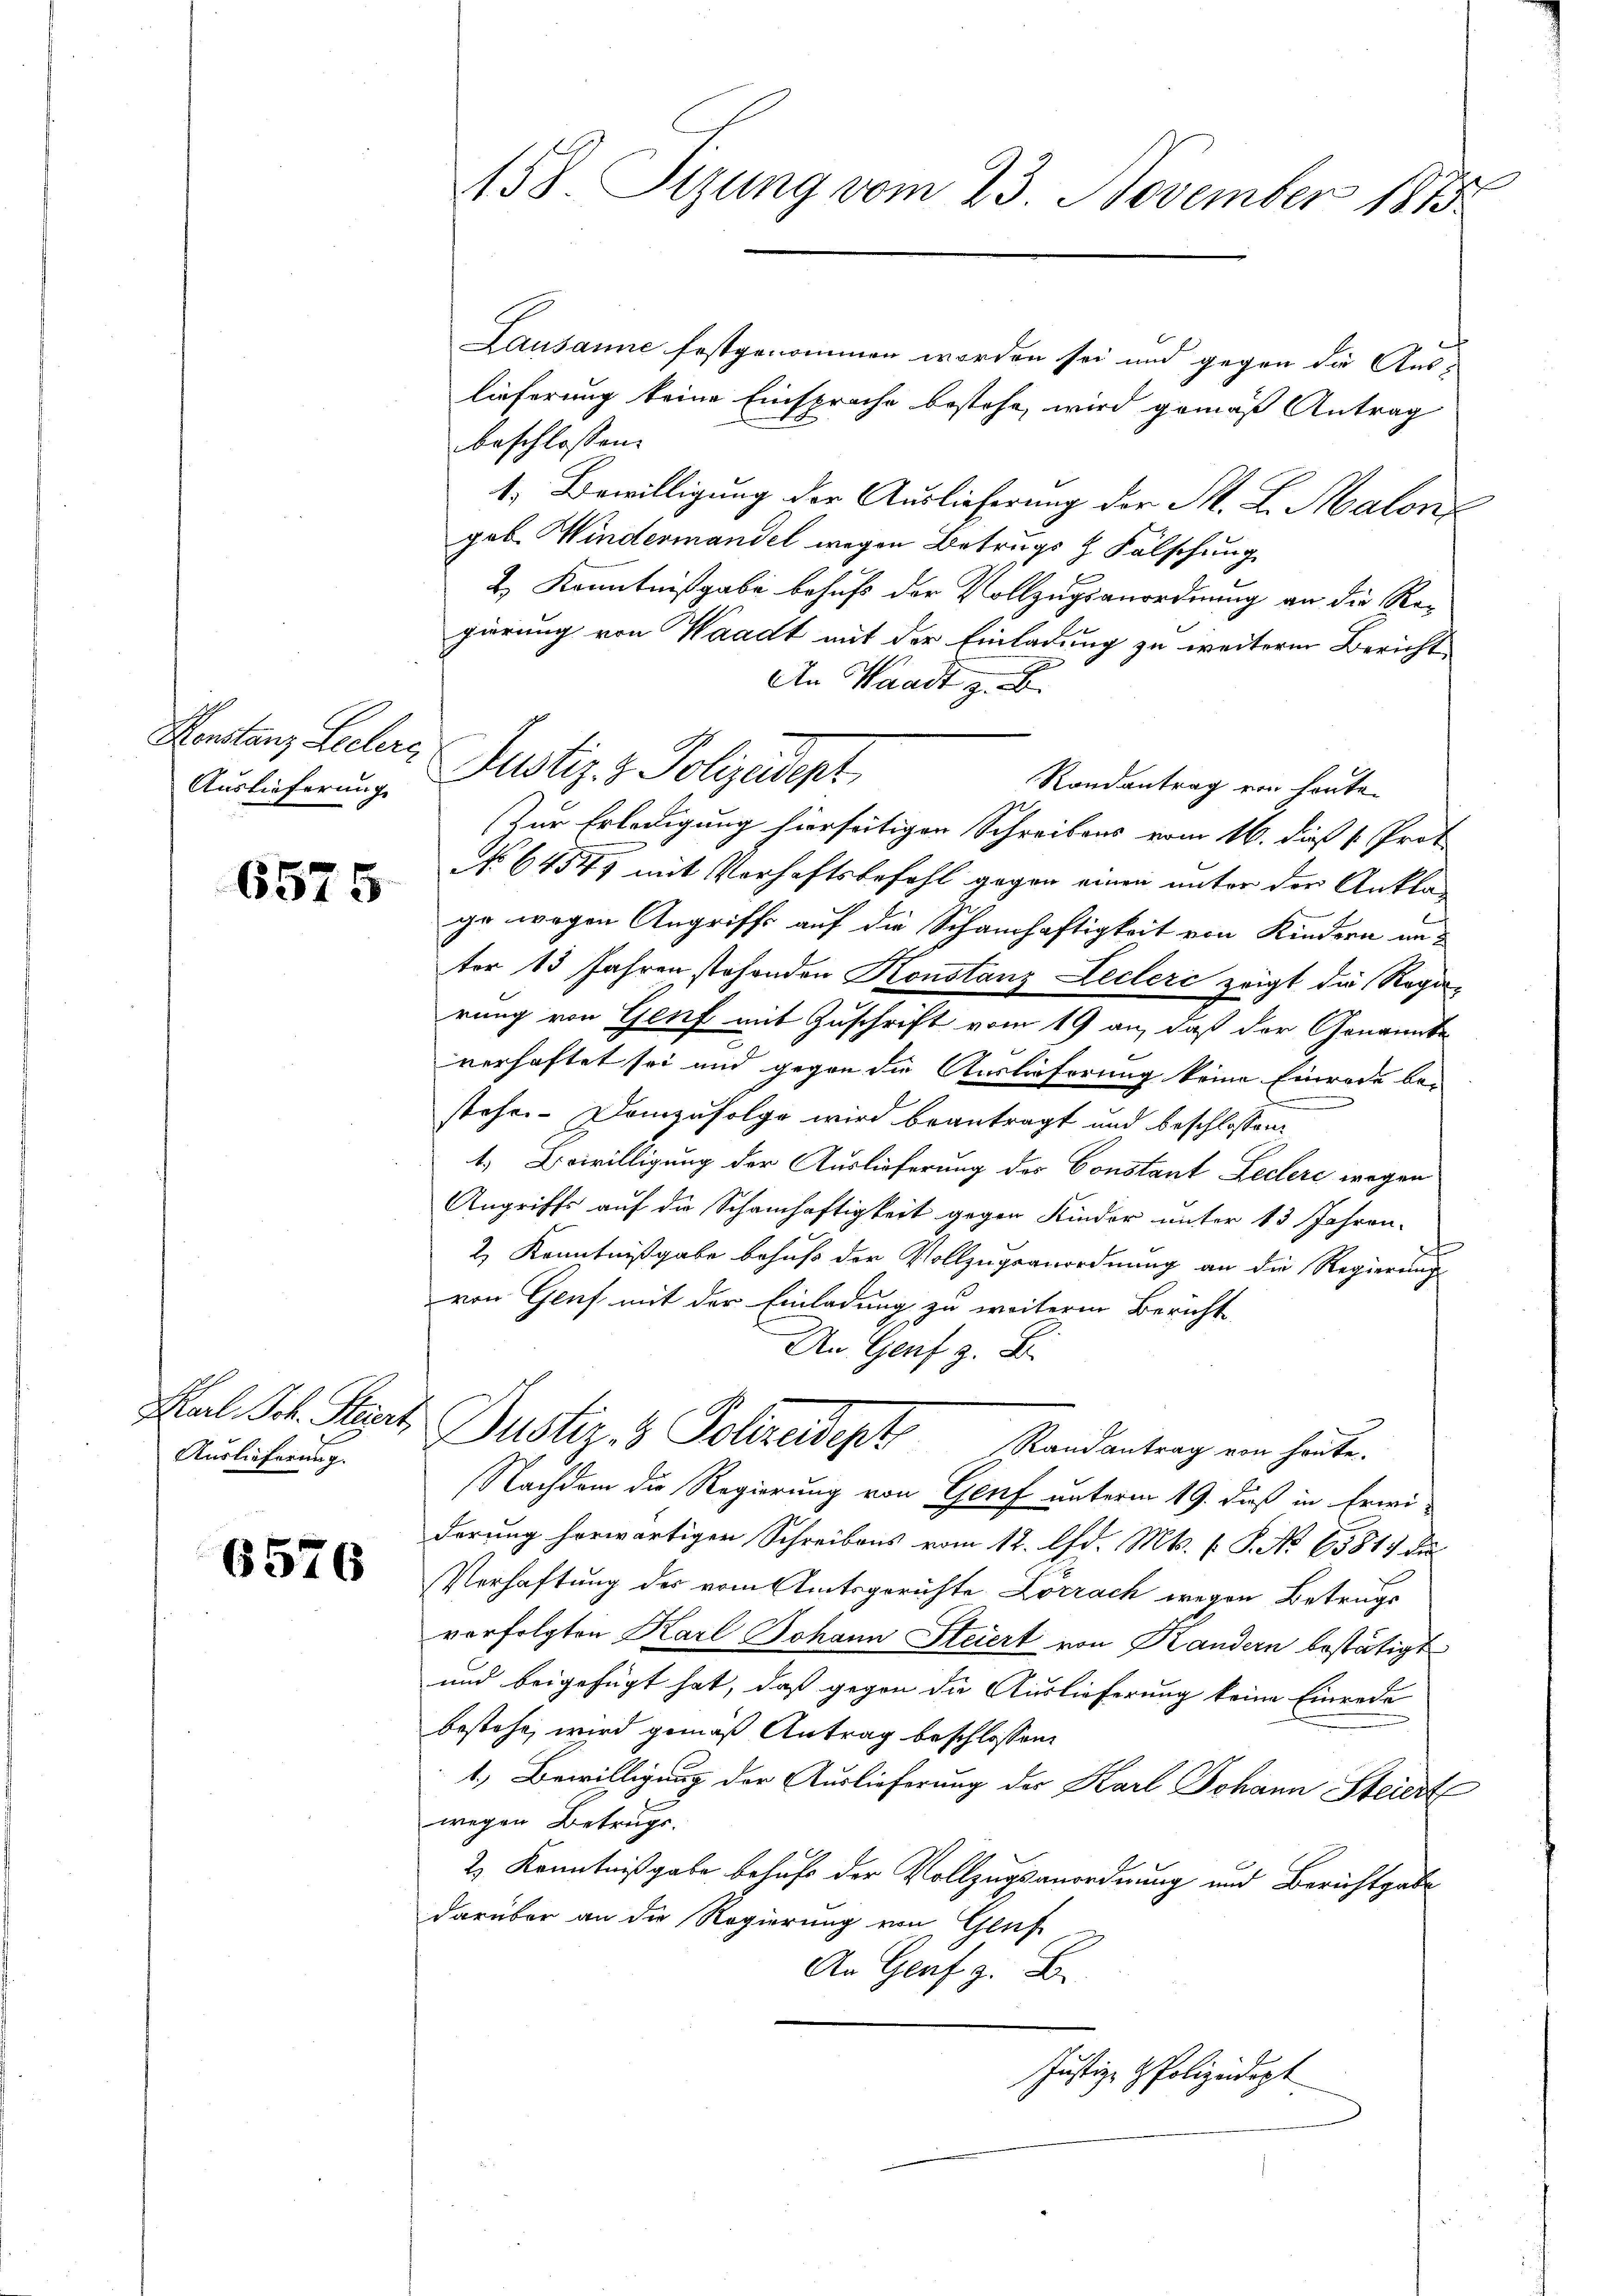
Henstanz Lechers

6575

Karl Joh. Stiert,
Auslieferung.

6576

Lausanne festgenommen worden sei und gegen die Auslieferung keine Einsprache bestehe, wird gemäß Antrag
beschlossen:
1. Bewilligung der Auslieferung der M. L. Malons
geb. Windermandel wegen Betrugs & Fälschung
H. Kenntnißgabe behufs der Vollzugsanordnung an die Regierung von Waadt mit der Einladung zu weiterm Bericht
An Waadt z. B.
Randantrag von heute.
Zur Erledigung hierseitigen Schreibens vom 16. dieß v. Prot
No 6454, mit Verhaftsbefehl gegen einen unter der Anklage wegen Angriffe auf die Schamhaftigkeit von Kindern un
ter 13 Jahren stehenden Konstanz Leclerc zeigt die Rega-
rung von Genf mit Zuschrift vom 19 an, daß der Genannte
verhaftet sei und gegen die Auslieferung keine Einrode bestehen. Demzufolge wird beantragt und beschlossen:
t.) Bewilligung der Auslieferung des Constant Lectere wegen
Angriffs auf die Schamhaftigkeit gegen Kinder unter 13 Jahren-
2) Kenntnißgabe behuf der Vollzugeonordnung an die Regierung
von Genf mit der Einladung zu weiterm Bericht
An Genf z. B.
Justiz- & Polizeidigt. Randantrag ein heute.
Nachdem die Regierung von Genf unterm 19. dieß in Erwiderung herwärtigen Schreibens vom 12. Ad. Mts. f. P. No 6581) dies
Verhaftung des vom Amtsgerichte Lörrach wegen Betrugs
verfolgten Karl Johann Steiert von Kandern bestätigt
und beigefügt hat, daß gegen die Auslieferung keine Einrede
bestehe, wird gemäß Antrag beschlossen:
1.) Bewilligung der Auslieferung der Karl Johann Steiert
wegen Betrugs.
2) Kenntnißgabe behufs der Vollzugsanordnung und Berichtgabe
darüber an die Regierung von Genf
An Genf z. B.

t
158. Sizung vom 23. November 1873

Auslieferung Justiz- & Polizeident

Justiz- & Polizeidigt